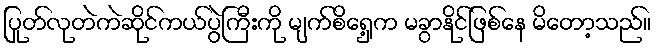
ပြုတ်လုတဲကဲဆိုင်ကယ်ပွဲကြီးကို မျက်စိရှေ့က မခွာနိုင်ဖြစ်နေ မိတော့သည်။